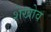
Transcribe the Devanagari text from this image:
शेखोव